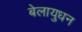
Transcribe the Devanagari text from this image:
बेलायुधन